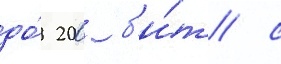
до́ 200 б'и́т/ с